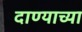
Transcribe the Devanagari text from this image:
दाण्याच्या